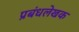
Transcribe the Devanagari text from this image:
प्रबंधलेखक